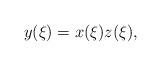
LaTeX: \begin{align*} y(\xi) = x(\xi)z(\xi),\end{align*}